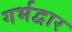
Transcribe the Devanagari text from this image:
गर्भद्वार